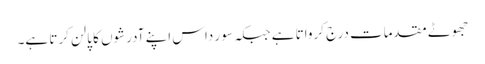
جھوٹے مقدمات درج کرواتا ہے جبکہ سو ر داس اپنے آدرشوں کا پالن کرتا ہے۔